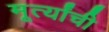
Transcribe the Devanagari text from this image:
मूर्त्यांची